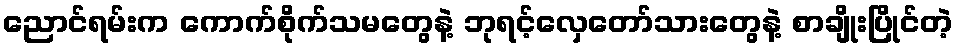
ညောင်ရမ်းက ကောက်စိုက်သမတွေနဲ့ ဘုရင့်လှေတော်သားတွေနဲ့ စာချိုးပြိုင်တဲ့